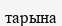
тарына